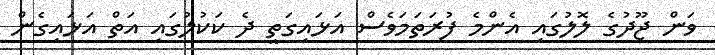
ވަން ޖޫދުގެ ލޮލުގައި އެންމެ ފުރަތަމަވެސް އަޅައިގަތީ ދެ ކަކުލުގައި އަތް އަޅައިގެން